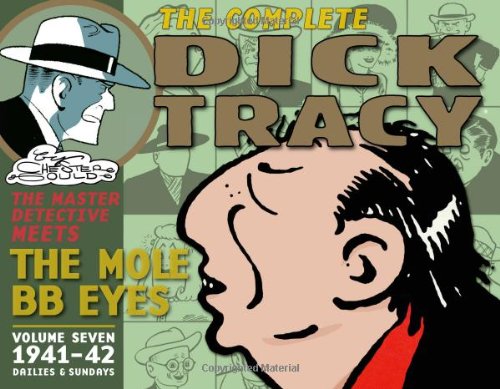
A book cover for Complete Chester Gould's Dick Tracy Volume 7; Chester Gould; Humor & Entertainment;